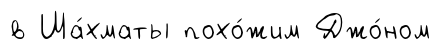
в Ша́хматы похо́жим Джо́ном